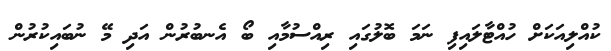
ކުއްލިއަކަށް ހުއްޓާލައިފި ނަމަ ބޮލުގައި ރިއްސުމާއި ބޯ އެނބުރުން އަދި މޭ ނުބައިކުރުން